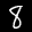
Label: 8